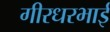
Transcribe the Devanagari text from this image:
गीरधरभाई